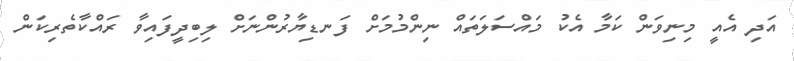
އަދި އެއީ މިނިވަން ކަމާ އެކު މައްސަލަތައް ނިންމުމަށް ފަނޑިޔާރުންނަށް ލިބިދީފައިވާ ރައްކާތެރިކަން